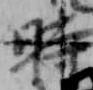
時